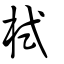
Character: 栻